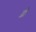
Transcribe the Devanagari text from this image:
द्र्वो